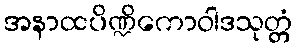
အနာထပိဏ္ဍိကောဝါဒသုတ္တံ